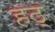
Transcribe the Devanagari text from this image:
हठ्